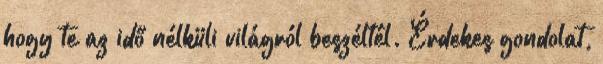
hogy te az idő nélküli világról beszéltél. Érdekes gondolat,